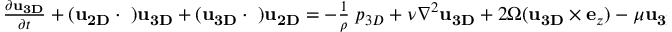
\begin{array} { r } { \frac { \partial { \bf u } _ { \bf 3 D } } { \partial t } + ( { \bf u } _ { \bf 2 D } \cdot { \bf \nabla } ) { \bf u } _ { \bf 3 D } + ( { \bf u } _ { \bf 3 D } \cdot { \bf \nabla } ) { \bf u } _ { \bf 2 D } = - \frac { 1 } { \rho } { \bf \nabla } p _ { 3 D } + \nu \nabla ^ { 2 } { \bf u } _ { \bf 3 D } + 2 \Omega ( { \bf u } _ { \bf 3 D } \times { \bf e } _ { z } ) - \mu { \bf u } _ { \bf 3 D } } \end{array}